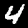
Digit: 4